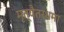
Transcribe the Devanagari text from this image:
मृत्यैतरधमा